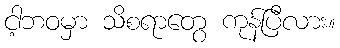
ငါ့ဘဝမှာ သိစရာတွေ ကုန်ပြီလား။